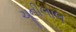
ચૂનીલાલ